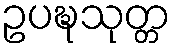
ဥပဍ္ဎသုတ္တ